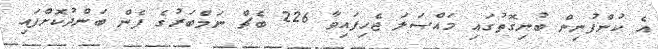
އެ ކުންފުނިން ބުނިގޮތުގައި މައްސަލަ ޖެހިފައިވާ 226 ބެޗް ނަމްބަރުގެ ފެން ބަންދުކޮށްފައި